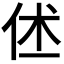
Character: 𬽼